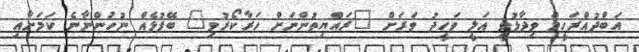
އަބްދުއްރަހީމް ވިދާޅުވީ އަލީ ވަހީދު ވަރަށް "ރައްޔިތުންނަށް ހަރާކޯރުވި" ބޭފުޅެއް ނުހުންނާނެ ކަމަށާއި